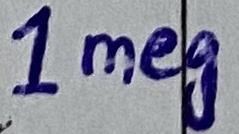
Text: 1Meg